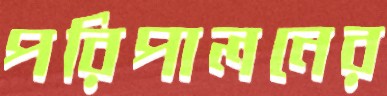
পরিপালনের